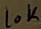
Text: 10K